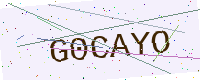
Text: G0CAYO